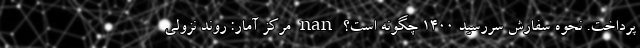
پرداخت. نحوه سفارش سررسید 1400 چگونه است؟ nan مرکز آمار: روند نزولی